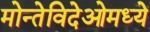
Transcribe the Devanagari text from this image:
मोन्तेविदेओमध्ये